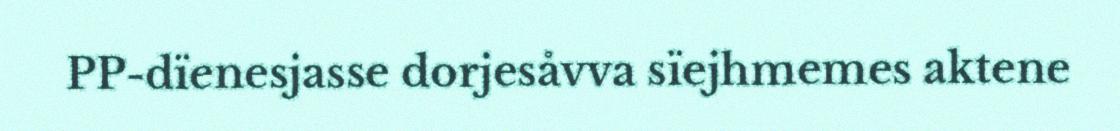
PP-dïenesjasse dorjesåvva sïejhmemes aktene